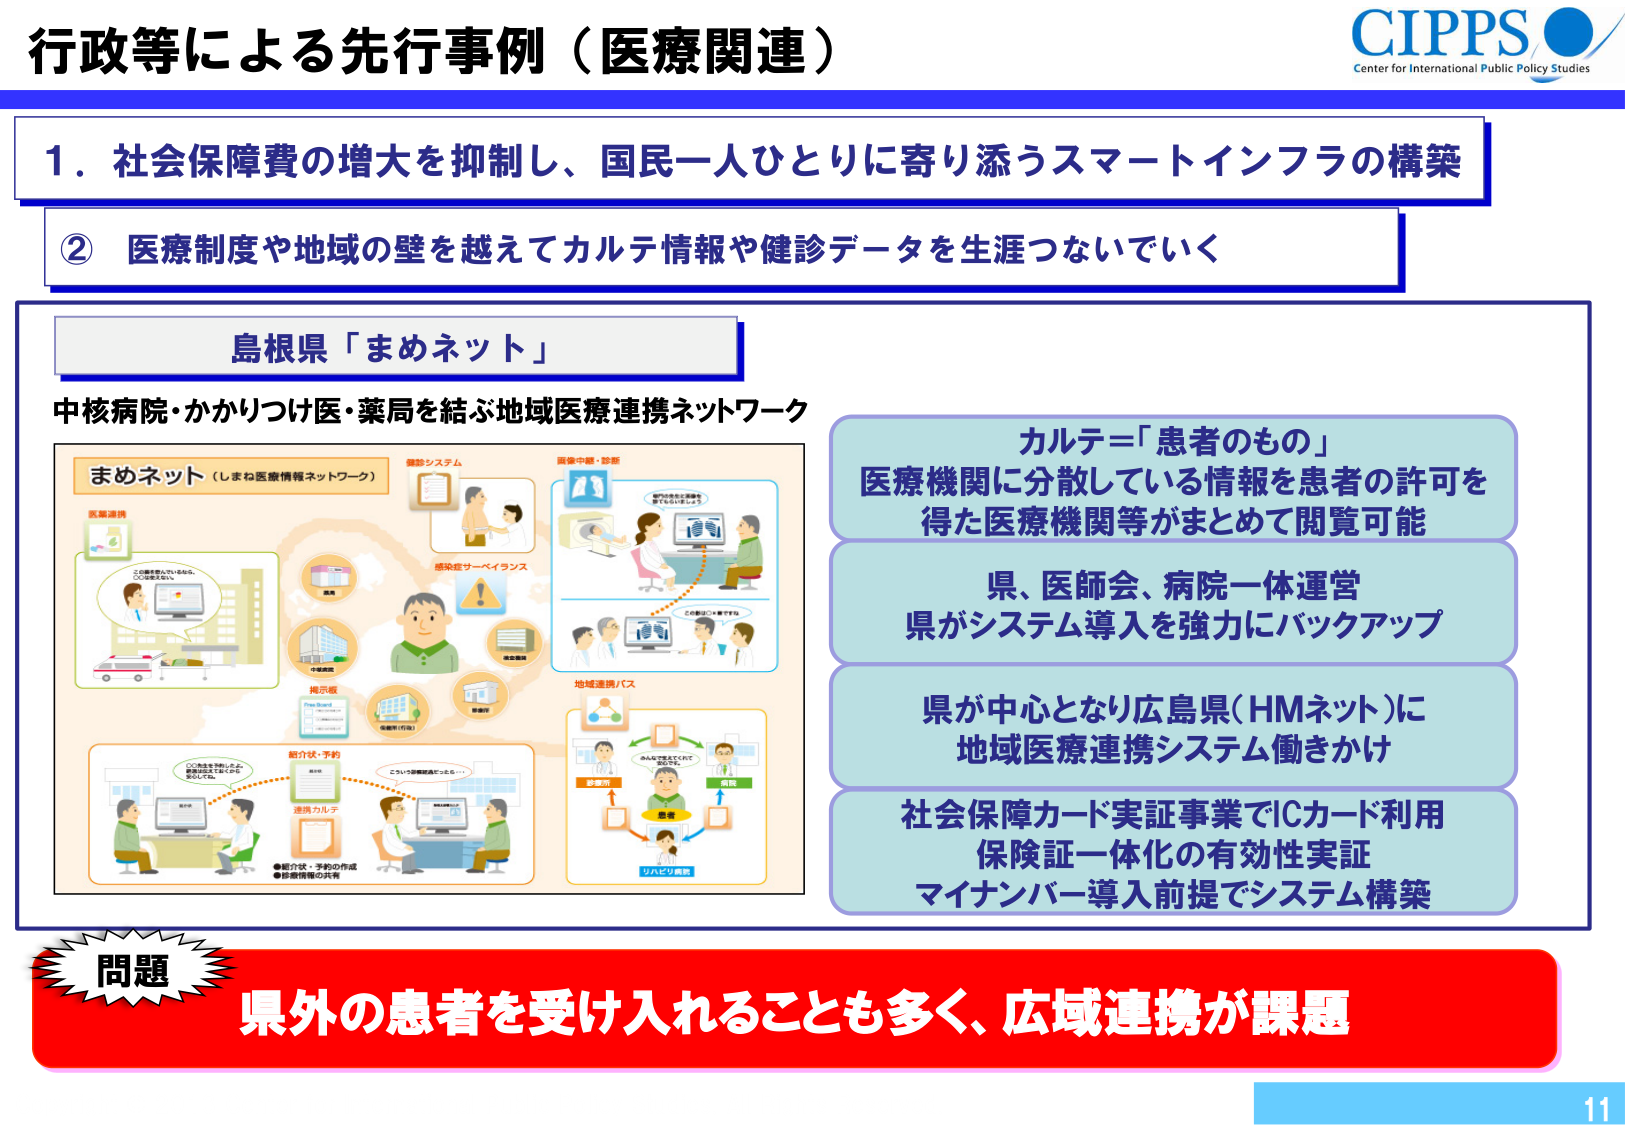
行政等による先行事例（医療関連）

CIPPS
Center for International Public Policy Studies

1．社会保障費の増大を抑制し、国民一人ひとりに寄り添うスマートインフラの構築

② 医療制度や地域の壁を越えてカルテ情報や健診データを生涯つなないでいく

島根県「まめネット」

中核病院・かかりつけ医・薬局を結ぶ地域医療連携ネットワーク

まめネット（しまね医療情報ネットワーク）

医療連携
この患者さんについては、
どこで診てもらっているか、
確認しておきましょう。

健診システム
感染症サーベイランス
医療中核・診断
この患者さんは感染症
疑いの可能性があります。
この患者さんは糖尿病です。

地域連携バス
紹介・予約
連携カルテ
この患者さんは、
この病院で診てもらっています。
紹介状・予約の作成
診療情報の共有
リハビリ病院
患者
診療所
病院
薬局
中核病院
保健所（行政）
提示板
この患者さんは、
この病院で診てもらっています。
この患者さんは、
この病院で診てもらっています。

カルテ＝「患者のもの」
医療機関に分散している情報を患者の許可を得た医療機関等がまとめて閲覧可能

県、医師会、病院一体運営
県がシステム導入を強力にバックアップ

県が中心となり広島県（HMネット）に
地域医療連携システム働きかけ

社会保障カード実証事業でICカード利用
保険証一体化の有効性実証
マイナンバー導入前提でシステム構築

問題
県外の患者を受け入れることも多く、広域連携が課題

11